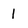
Character: l